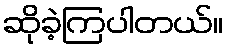
ဆိုခဲ့ကြပါတယ်။